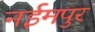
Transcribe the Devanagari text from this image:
नईमपुर